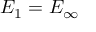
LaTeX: E _ { 1 } = E _ { \infty }